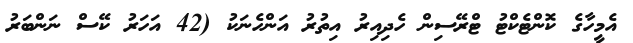
އެމީހާގެ ކޮންޓެކްޓު ޓްރޭސިން ހެދިއިރު އިތުރު އަންހެނަކު (42 އަހަރު ކޭސް ނަންބަރު